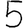
Digit: 5